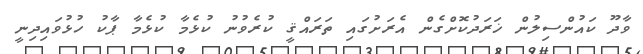
ވާދޫ ކައުންސިލުން ޚަރަދުކޮށްގެން އެރަށުގައި ތަރައްޤީ ކުރެވުނު ކުޅެމާ ކުޅެމާ ޕާކު ހުޅުވައިދިނީ